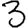
Digit: 3